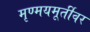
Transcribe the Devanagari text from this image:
मृण्मयमूर्तीवर